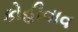
કોહીવાવ